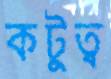
কটুত্ব